Junior Leaving Certificate, 1939
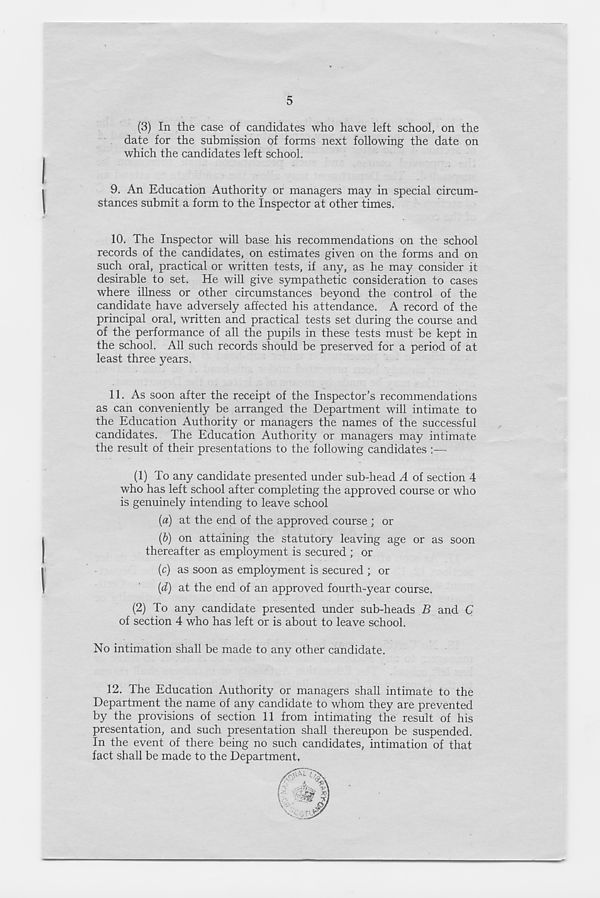
5
(3) In the case of candidates who have left school, on the
date for the submission of forms next following the date on
which the candidates left school.
9. An Education Authority or managers may in special circum-
stances submit a form to the Inspector at other times.
10. The Inspector will base his recommendations on the school
records of the candidates, on estimates given on the forms and on
such oral, practical or written tests, if any, as he may consider it
desirable to set. He will give sympathetic consideration to cases
where illness or other circumstances beyond the control of the
candidate have adversely affected his attendance. A record of the
principal oral, written and practical tests set during the course and
of the performance of all the pupils in these tests must be kept in
the school. All such records should be preserved for a period of at
least three years.
11. As soon after the receipt of the Inspector’s recommendations
as can conveniently be arranged the Department will intimate to
the Education Authority or managers the names of the successful
candidates. The Education Authority or managers may intimate
the result of their presentations to the following candidates :—
(1) To any candidate presented under sub-head A of section 4
who has left school after completing the approved course or who
is genuinely intending to leave school
(a) at the end of the approved course ; or
(b) on attaining the statutory leaving age or as soon
thereafter as employment is secured ; or
(c) as soon as employment is secured ; or
(d) at the end of an approved fourth-year course.
(2) To any candidate presented under sub-heads B and C
of section 4 who has left or is about to leave school.
No intimation shall be made to any other candidate.
12.
The Education Authority or managers s
Department the name of any candidate to whom they are prevented
by the provisions of section 11 from intimating the result of his
presentation, and such presentation shall thereupon be suspended.
In the event of there being no such candidates, intimation of that
fact shall be made to the Department,